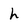
Character: h